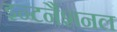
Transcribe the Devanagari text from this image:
इन्टर्नैशनल